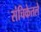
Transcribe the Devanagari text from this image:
संचिकेतले